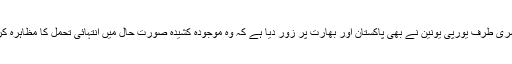
دوسری طرف یورپی یونین نے بھی پاکستان اور بھارت پر زور دیا ہے کہ وہ موجودہ کشیدہ صورتِ حال میں انتہائی تحمل کا مظاہرہ کریں۔